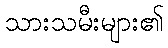
သားသမီးများ၏